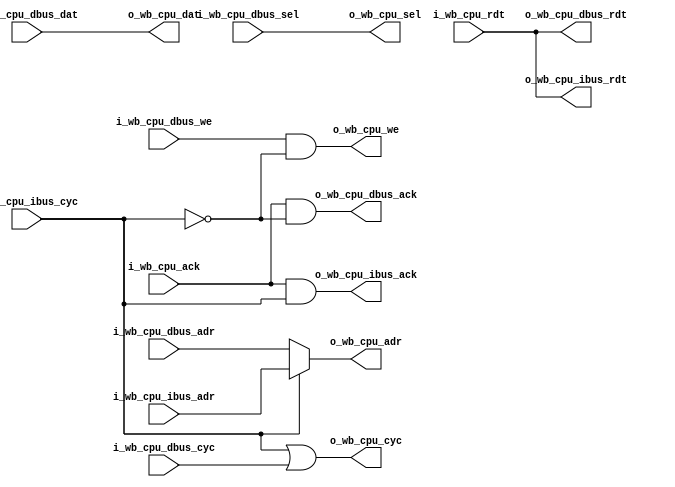
/* Arbitrates between dbus and ibus accesses.
 * Relies on the fact that not both masters are active at the same time
 */
module servant_arbiter
  (
   input wire [31:0]  i_wb_cpu_dbus_adr,
   input wire [31:0]  i_wb_cpu_dbus_dat,
   input wire [3:0]   i_wb_cpu_dbus_sel,
   input wire 	      i_wb_cpu_dbus_we,
   input wire 	      i_wb_cpu_dbus_cyc,
   output wire [31:0] o_wb_cpu_dbus_rdt,
   output wire 	      o_wb_cpu_dbus_ack,

   input wire [31:0]  i_wb_cpu_ibus_adr,
   input wire 	      i_wb_cpu_ibus_cyc,
   output wire [31:0] o_wb_cpu_ibus_rdt,
   output wire 	      o_wb_cpu_ibus_ack,

   output wire [31:0] o_wb_cpu_adr,
   output wire [31:0] o_wb_cpu_dat,
   output wire [3:0]  o_wb_cpu_sel,
   output wire 	      o_wb_cpu_we,
   output wire 	      o_wb_cpu_cyc,
   input wire [31:0]  i_wb_cpu_rdt,
   input wire 	      i_wb_cpu_ack);

   assign o_wb_cpu_dbus_rdt = i_wb_cpu_rdt;
   assign o_wb_cpu_dbus_ack = i_wb_cpu_ack & !i_wb_cpu_ibus_cyc;

   assign o_wb_cpu_ibus_rdt = i_wb_cpu_rdt;
   assign o_wb_cpu_ibus_ack = i_wb_cpu_ack & i_wb_cpu_ibus_cyc;

   assign o_wb_cpu_adr = i_wb_cpu_ibus_cyc ? i_wb_cpu_ibus_adr : i_wb_cpu_dbus_adr;
   assign o_wb_cpu_dat = i_wb_cpu_dbus_dat;
   assign o_wb_cpu_sel = i_wb_cpu_dbus_sel;
   assign o_wb_cpu_we  = i_wb_cpu_dbus_we & !i_wb_cpu_ibus_cyc;
   assign o_wb_cpu_cyc = i_wb_cpu_ibus_cyc | i_wb_cpu_dbus_cyc;

endmodule